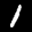
Label: 1